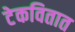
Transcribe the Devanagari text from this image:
टेकवितात